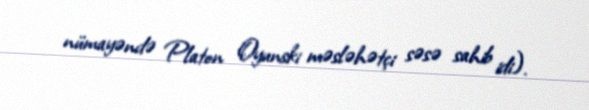
nümayəndə Platon Oyunski məsləhətçi səsə sahib idi).